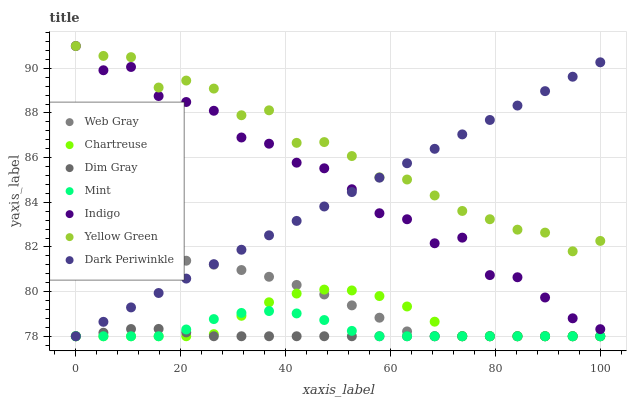
| xaxis_label | Web Gray | Chartreuse | Dim Gray | Mint | Indigo | Yellow Green | Dark Periwinkle |
 | --- | --- | --- | --- | --- | --- | --- | --- |
 | 0 | 81.5 | 78 | 78 | 78 | 91 | 91 | 78 |
 | 5.26 | 81.5 | 78 | 78.2 | 78 | 89.9 | 90.6 | 78.6 |
 | 10.5 | 81.6 | 78 | 78.3 | 78 | 90.1 | 90.5 | 79.3 |
 | 15.8 | 81.5 | 78 | 78.3 | 78 | 88.8 | 89.1 | 79.9 |
 | 21.1 | 81.4 | 78 | 78.2 | 78.3 | 88.5 | 89.5 | 80.6 |
 | 26.3 | 81.2 | 78.1 | 78 | 78.8 | 88.1 | 89.1 | 81.2 |
 | 31.6 | 81 | 78.9 | 78 | 79 | 86.9 | 87.9 | 81.9 |
 | 36.8 | 80.7 | 79.5 | 78 | 79.1 | 86.6 | 88.1 | 82.5 |
 | 42.1 | 80.3 | 79.9 | 78 | 79 | 85.8 | 86.7 | 83.2 |
 | 47.4 | 79.9 | 80.1 | 78 | 78.7 | 85.5 | 86.7 | 83.8 |
 | 52.6 | 79.4 | 80.1 | 78 | 78.2 | 84.6 | 86.1 | 84.5 |
 | 57.9 | 78.8 | 79.8 | 78 | 78 | 83.5 | 85.1 | 85.1 |
 | 63.2 | 78.2 | 79.3 | 78 | 78 | 83.2 | 85 | 85.7 |
 | 68.4 | 78 | 78.7 | 78 | 78 | 82.2 | 84.3 | 86.4 |
 | 73.7 | 78 | 78 | 78 | 78 | 82.4 | 83.6 | 87 |
 | 78.9 | 78 | 78 | 78 | 78 | 80.7 | 83.2 | 87.7 |
 | 84.2 | 78 | 78 | 78 | 78 | 80.6 | 82.8 | 88.3 |
 | 89.5 | 78 | 78 | 78 | 78 | 79.7 | 82.6 | 89 |
 | 94.7 | 78 | 78 | 78 | 78 | 78.8 | 81.8 | 89.6 |
 | 100 | 78 | 78 | 78 | 78 | 78.3 | 82.3 | 90.3 |